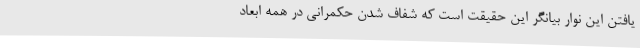
یافتن این نوار بیانگر این حقیقت است که شفاف شدن حکمرانی در همه ابعاد